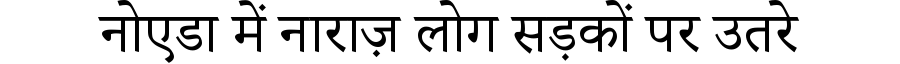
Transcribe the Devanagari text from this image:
नोएडा में नाराज़ लोग सड़कों पर उतरे